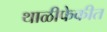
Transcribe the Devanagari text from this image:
थाळीफेकीत